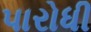
પારોધી